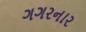
ગગરનાર